Leprosy in India: report of the Leprosy Commission in India, 1890-91
Year: 1890
Disease focus: Leprosy
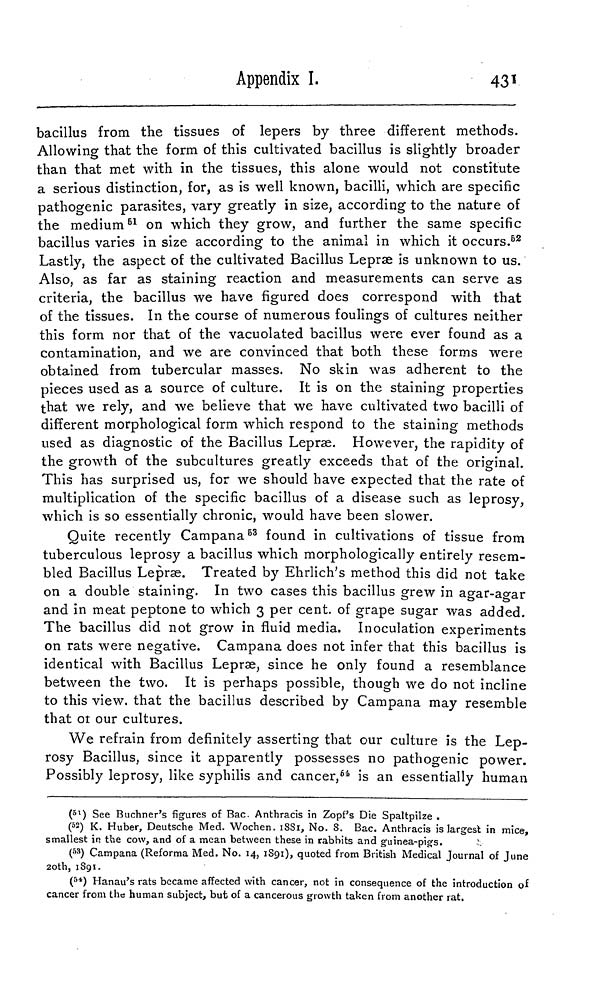
Appendix I.
431
bacillus from the tissues of lepers by three different methods.
Allowing that the form of this cultivated bacillus is slightly broader
than that met with in the tissues, this alone would not constitute
a serious distinction, for, as is well known, bacilli, which are specific
pathogenic parasites, vary greatly in size, according to the nature of
the medium 51 on which they grow, and further the same specific
bacillus varies in size according to the animal in which it occurs. 62
Lastly, the aspect of the cultivated Bacillus Lepræ is unknown to us.
Also, as far as staining reaction and measurements can serve as
criteria, the bacillus we have figured does correspond with that
of the tissues. In the course of numerous foulings of cultures neither
this form nor that of the vacuolated bacillus were ever found as a
contamination, and we are convinced that both these forms were
obtained from tubercular masses. No skin was adherent to the
pieces used as a source of culture. It is on the staining properties
that we rely, and we believe that we have cultivated two bacilli of
different morphological form which respond to the staining methods
used as diagnostic of the Bacillus Lepræ. However, the rapidity of
the growth of the subcultures greatly exceeds that of the original.
This has surprised us, for we should have expected that the rate of
multiplication of the specific bacillus of a disease such as leprosy,
which is so essentially chronic, would have been slower.
Quite recently Campana 53 found in cultivations of tissue from
tuberculous leprosy a bacillus which morphologically entirely resem-
bled Bacillus Lepras. Treated by Ehrlich's method this did not take
on a double staining. In two cases this bacillus grew in agar-ao-ar
and in meat peptone to which 3 per cent. of grape sugar was added.
The bacillus did not grow in fluid media. Inoculation experiments
on rats were negative. Campana does not infer that this bacillus is
identical with Bacillus Lepræ, since he only found a resemblance
between the two. It is perhaps possible, though we do not incline
to this view, that the bacillus described by Campana may resemble
that of our cultures.
We refrain from definitely asserting that our culture is the Lep-
rosy Bacillus, since it apparently possesses no pathogenic power.
Possibly leprosy, like syphilis and cancer, 64 is an essentially human
( 51 ) See Buchner's figures of Bac. Anthracis in Zopf's Die Spaltpilze .
( 52 ) K. Huber, Deutsche Med. Wochen. 1881, No. 8. Bac. Anthracis is largest in mice,
smallest in the cow, and of a mean between these in rabbits and guinea-pig's.
( 53 ) Campana (Reforma Med. No. 14, 1891), quoted from British Medical Journal of June
20th, 1891.
( 54 ) Hanau's rats became affected with cancer, not in consequence of the introduction of
cancer from the human subject, but of a cancerous growth taken from another rat.